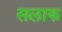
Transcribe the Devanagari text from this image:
सलाक